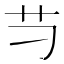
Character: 䒒